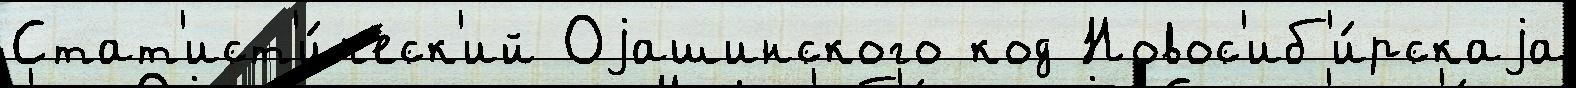
Стат'ист'и́ческ'ий Оjашинского код Новос'иб'и́рскаjа